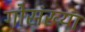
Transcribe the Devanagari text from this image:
गोसंख्या